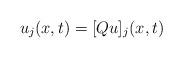
LaTeX: \begin{align*}\begin{array}{rr}u_j(x,t)=[Qu]_j(x,t)\end{array}\end{align*}